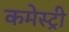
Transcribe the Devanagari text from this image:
कमेस्ट्री